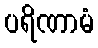
ပရိဏာမံ